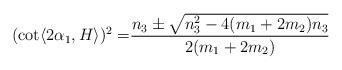
LaTeX: \begin{align*}(\cot \langle 2\alpha_{1}, H \rangle )^{2}=&\frac{n_{3} \pm \sqrt{n_{3}^{2}-4(m_{1}+2m_{2})n_{3} } }{2(m_{1}+2m_{2})}\end{align*}